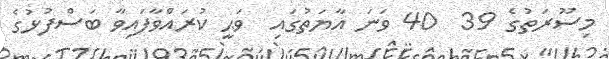
މިސޫރަތުގެ 39  40 ވަނަ އާޔަތުގައި  ވަޙީ ކުރައްވާފައިވާ ބަސްފުޅުގެ